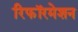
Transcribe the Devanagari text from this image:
रिफॉरमेशन